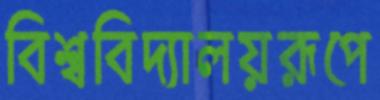
বিশ্ববিদ্যালয়রূপে